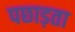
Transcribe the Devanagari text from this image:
पछाड़ता